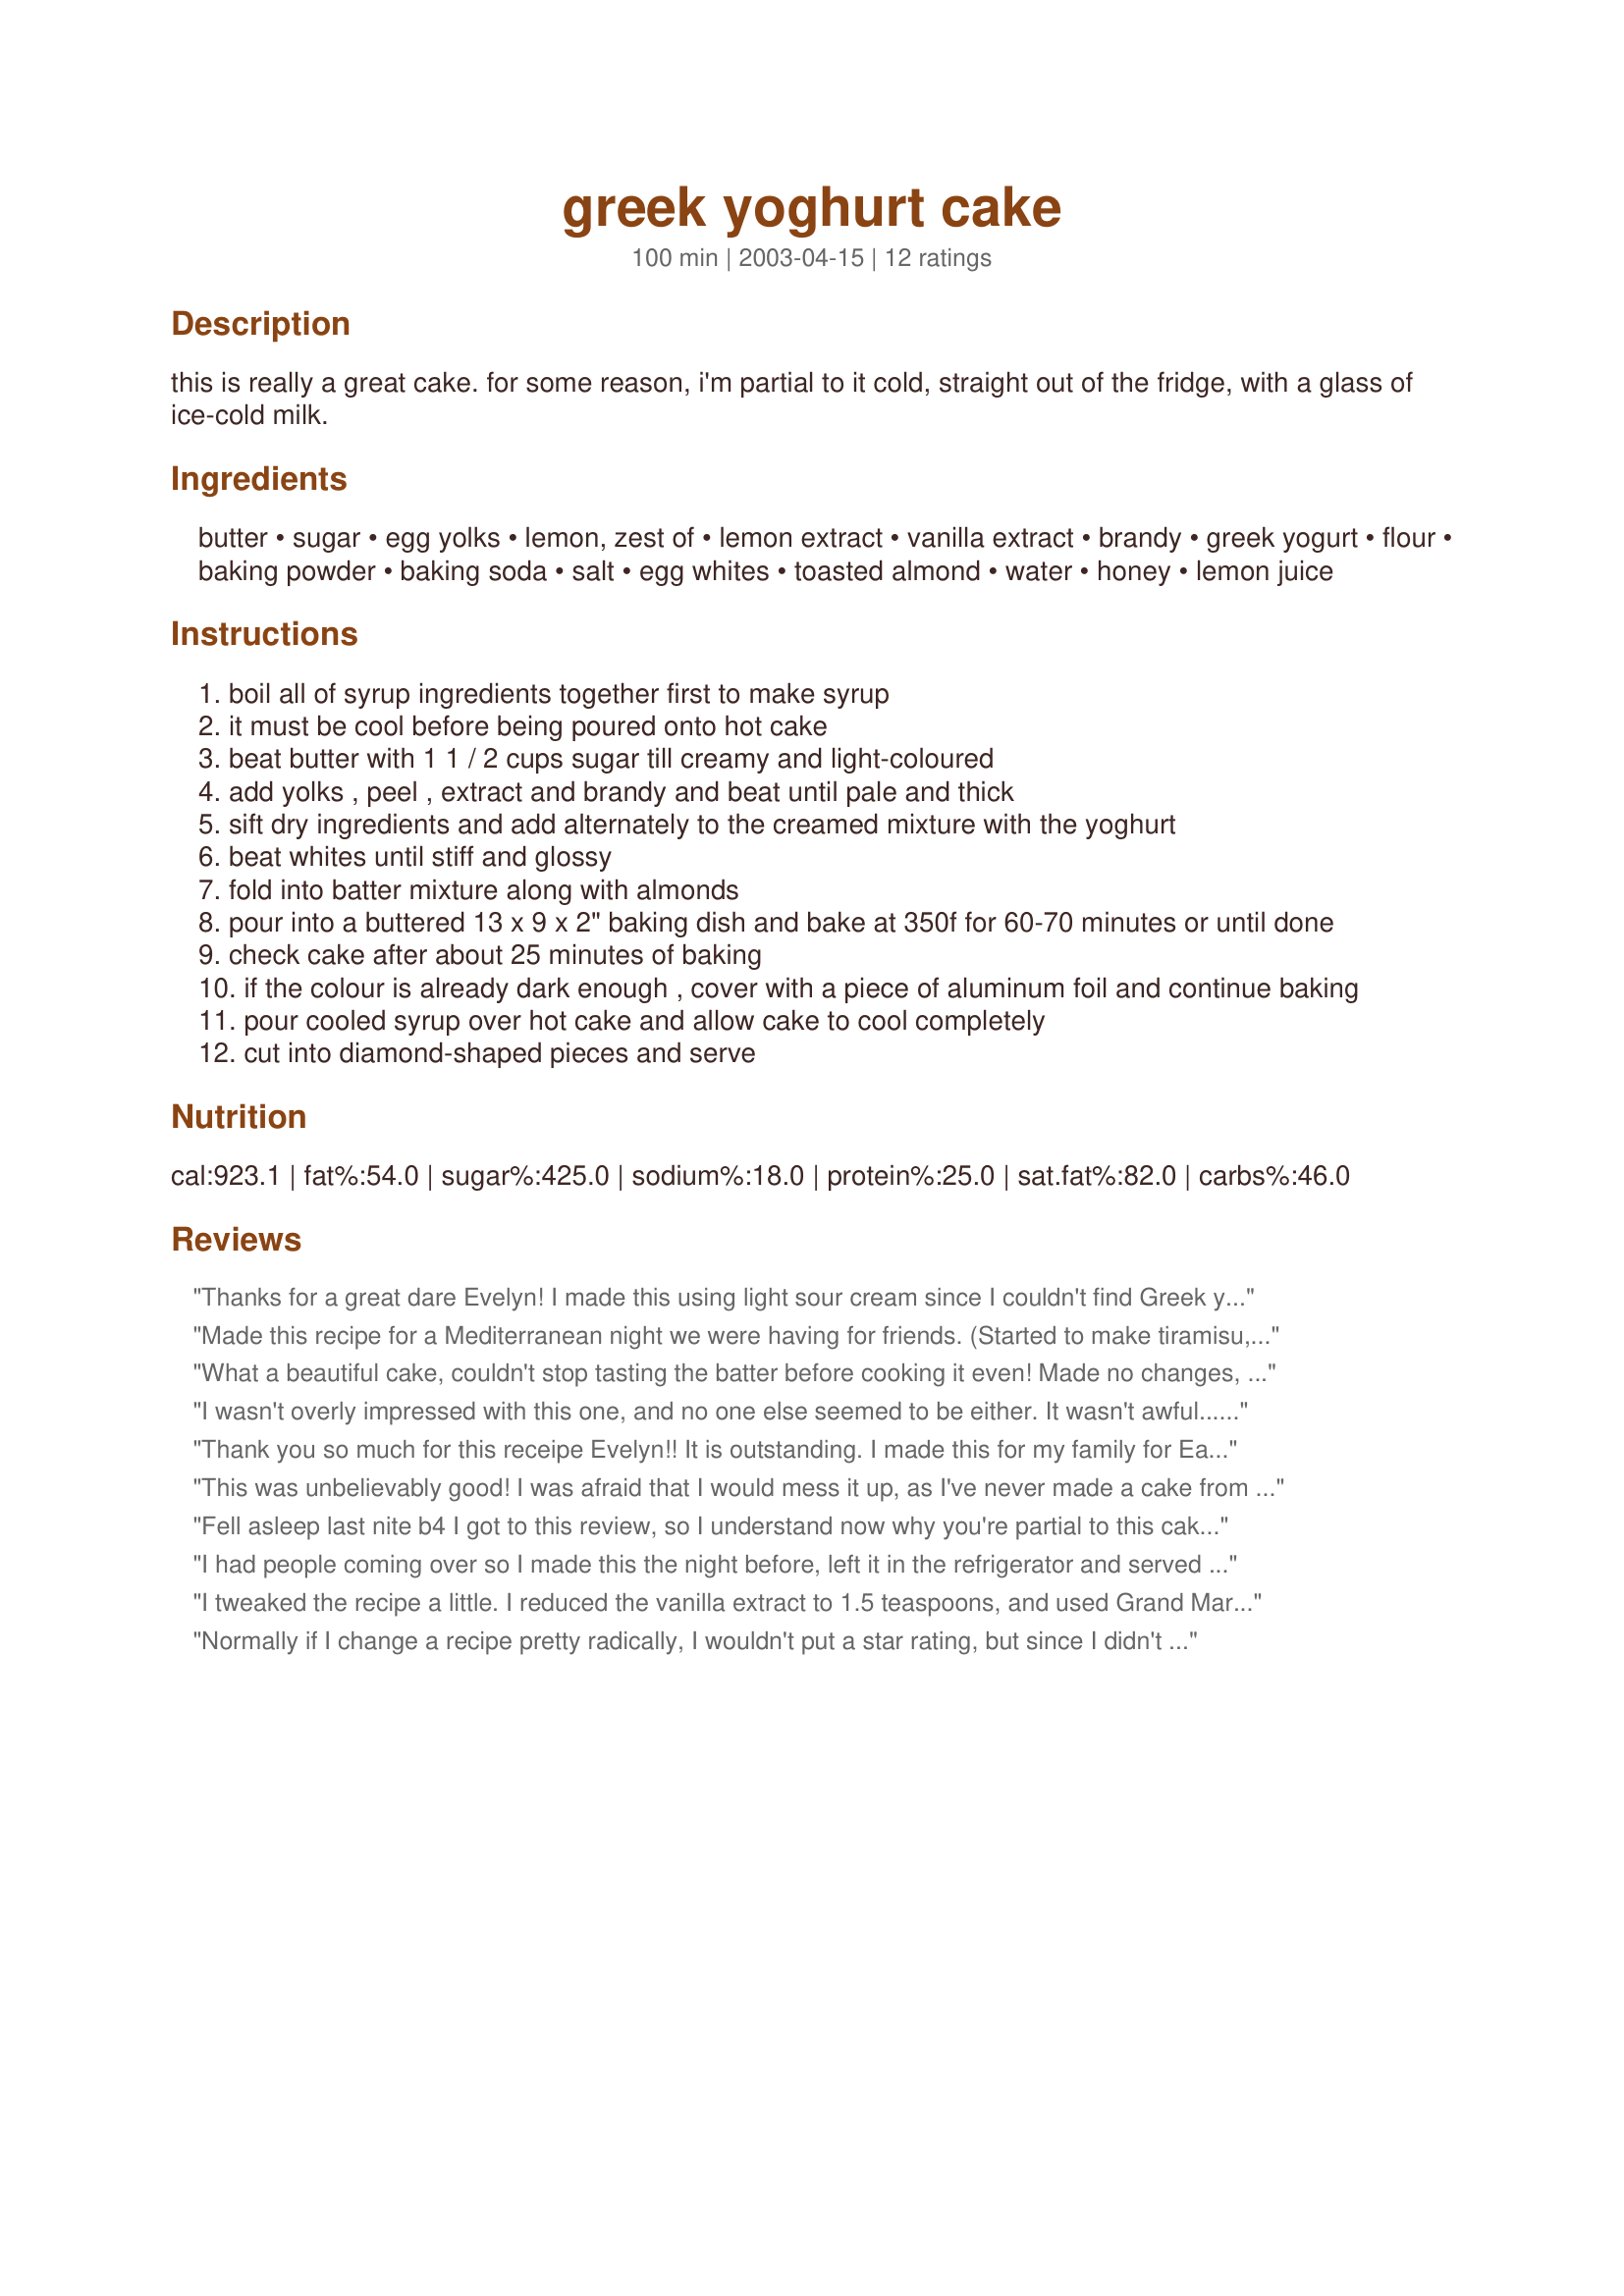
greek yoghurt cake
Preparation time: 100 minutes

this is really a great cake. for some reason, i'm partial to it cold, straight out of the fridge, with a glass of ice-cold milk.

Ingredients:
butter, sugar, egg yolks, lemon, zest of, lemon extract, vanilla extract, brandy, greek yogurt, flour, baking powder, baking soda, salt, egg whites, toasted almond, water, honey, lemon juice

Steps:
boil all of syrup ingredients together first to make syrup
it must be cool before being poured onto hot cake
beat butter with 1 1 / 2 cups sugar till creamy and light-coloured
add yolks , peel , extract and brandy and beat until pale and thick
sift dry ingredients and add alternately to the creamed mixture with the yoghurt
beat whites until stiff and glossy
fold into batter mixture along with almonds
pour into a buttered 13 x 9 x 2" baking dish and bake at 350f for 60-70 minutes or until done
check cake after about 25 minutes of baking
if the colour is already dark enough , cover with a piece of aluminum foil and continue baking
pour cooled syrup over hot cake and allow cake to cool completely
cut into diamond-shaped pieces and serve

Reviews:
Thanks for a great dare Evelyn! I made this using light sour cream since I couldn't find Greek yogurt and I substituted apple juice for the brandy. Thanks for these suggestions! It was so good, my DH ate three huge pieces within the first hour!
Made this recipe for a Mediterranean night we were having for friends. (Started to make tiramisu, but the marscapone cheese was moldy) At any rate - delicious, super moist. Can't help thinking it would be nice with that Italian lemon liqueur drizzled over a tiny dot of ice cream on the side. Guests were delighted and isn't that what it's all about. (I used Balkan style yoghurt - which, I was assured by a dairy company rep, was the same as Greek style. It's a keeper. Te kanis! (sp?)
What a beautiful cake, couldn't stop tasting the batter before cooking it even! Made no changes, I will be passing this recipe around everywhere! By the way, this is a great cake even without the syrup, I split the batter into two 9" tins and poured syrup over only 1 to try - it's lovely either way.
I wasn't overly impressed with this one, and no one else seemed to be either. It wasn't awful... just nothing special. I've gotten rave reviews when I've made Greek Lemon Cake (#170361) and I think I'll be sticking with that one as a great end to my Greek dinners!
Thank you so much for this receipe Evelyn!! It is outstanding. I made this for my family for Easter lunch and they raved and raved about it! I would give this 10 stars if I could. My Greek husband thinks it is exceptional! Will definately make this one again and again. Keeps brilliantly covered in the fridge and stays moist right to the last crumb! Thanks again.
This was unbelievably good! I was afraid that I would mess it up, as I've never made a cake from scratch, but the directions were simple to follow and it turned out wonderfully. A big hit!
Fell asleep last nite b4 I got to this review, so I understand now why you're partial to this cake "cold, straight out of the fridge, w/a glass of ice-cold milk." BUT we were also partial to it b4 it made it to the fridge. I halved the recipe & even the half size cake was lrg, but I had a lot of syrup left & will halve that again next time. This moist & lovely, rich cake got my DH's words of ultimate praise when he said "This cake is worth giving up my last ounce of cognac!" This is truly a special recipe. Thx for posting.
I had people coming over so I made this the night before, left it in the refrigerator and served it the next day, Oh my god Evelyn!!! it was so goood:) 
I made no changes except for the vanilla extract ( I cant find it anywhere) but I used vanilla powder. Your recipe was given out to 3 ladies, and I'm sure they will also pass it on!!! 
Thanks for a great recipe Evelyn!
I tweaked the recipe a little.
I reduced the vanilla extract to 1.5 teaspoons, and used Grand Marnier rather than the brandy.
I used the grated zest of two lemons in the cake, and no lemon extract because to me that tastes artificial. I skipped the nuts because I don't prefer them, and I changed the syrup recipe to
1 cup sugar, 2 cups water, 1 cup honey, plus the whole zest. I didn't quite use all the syrup.
The cake was outstandingly flavorful and moist.
Normally if I change a recipe pretty radically, I wouldn't put a star rating, but since I didn't change the formula of the cake, just the flavor, I feel safe putting in the stars. I didn't have any fresh lemons (and it's pretty clear that is what is required), but I did have some greek yogurt to use up, so I made this as a coconut flavored cake instead of lemon. I used sweetened shredded coconut in the syrup (as well as coconut extract) and just ran the syrup through a strainer and discarded the coconut shreds before I poured over the cake. In the cake itself, I just subbed in the coconut extract instead of lemon. This cake is fantastic! I like the little crunchy bits from the almonds and the syrup makes this cake so moist. Delicious. Evelyn, I know this is not exactly what you had in mind with this cake, but it is a very tasty cake, whatever flavor you decide to use! Thanks for posting!
Oh my... calories and fat grams are lovely things! Evelyn, this IS good right outta the fridge but it is also great warm... heck I imagine it would be good so hot it burned your taste buds off or so cold it had icicles on it. Hmmm *sheepish grin* get the feeling I liked this?? It was very very good. The only thing I did differently was I used about 2 tbsps. lemon juice in the syrup. It added a very subtle tang along with the milder lemon peel flavor. Not a quick dessert but soooo worth it.
I made this for a Mediterranean potluck and, no surprise, it was a hit. I was well into preparation before I realized that I had only white whole wheat flour; there wasn't much I could do at that point so I pressed on. I made sure to beat everything well and the result was tasty and light, a refreshing end to the meal. I softened the butter in the microwave and used the wrappers to butter the cake pan. It took me the better part of an hour getting the cake ready to go into the oven, so prep for a first-timer can be quite a bit longer than the recipe says. My first foray into Greek cuisine was a success! Thanks, Evelyn
